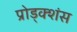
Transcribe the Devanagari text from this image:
प्रोड्क्शंस